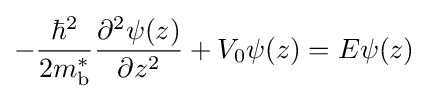
-{\frac {\hbar ^{2}}{2m_{\text{b}}^{*}}}{\frac {\partial ^{2}\psi (z)}{\partial z^{2}}}+V_{0}\psi (z)=E\psi (z)